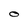
Character: O